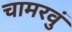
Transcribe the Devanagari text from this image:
चामरवुं